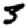
Digit: 5